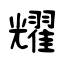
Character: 耀